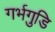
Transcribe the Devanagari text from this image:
गर्भगुडि